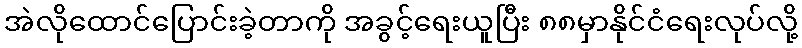
အဲလိုထောင်ပြောင်းခဲ့တာကို အခွင့်ရေးယူပြီး ၈၈မှာနိုင်ငံရေးလုပ်လို့